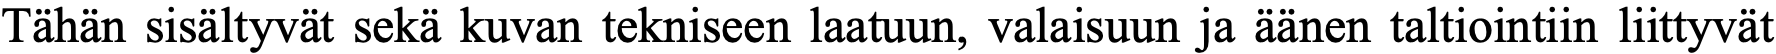
Tähän sisältyvät sekä kuvan tekniseen laatuun, valaisuun ja äänen taltiointiin liittyvät